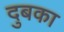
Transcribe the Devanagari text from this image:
दुबका